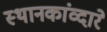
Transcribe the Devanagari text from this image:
स्थानकांव्दारे